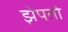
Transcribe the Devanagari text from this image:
झेपतो